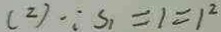
( 2 ) \because S _ { 1 } = 1 = 1 ^ { 2 }